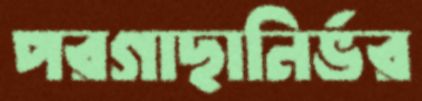
পরগাছানির্ভর